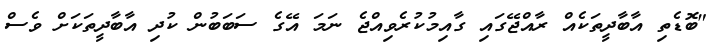
"ބޮޑެތި އާބާދީތަކެއް ރާއްޖޭގައި ގާއިމުކުރެވިއްޖެ ނަމަ އޭގެ ސަބަބުން ކުދި އާބާދީތަކަށް ވެސް